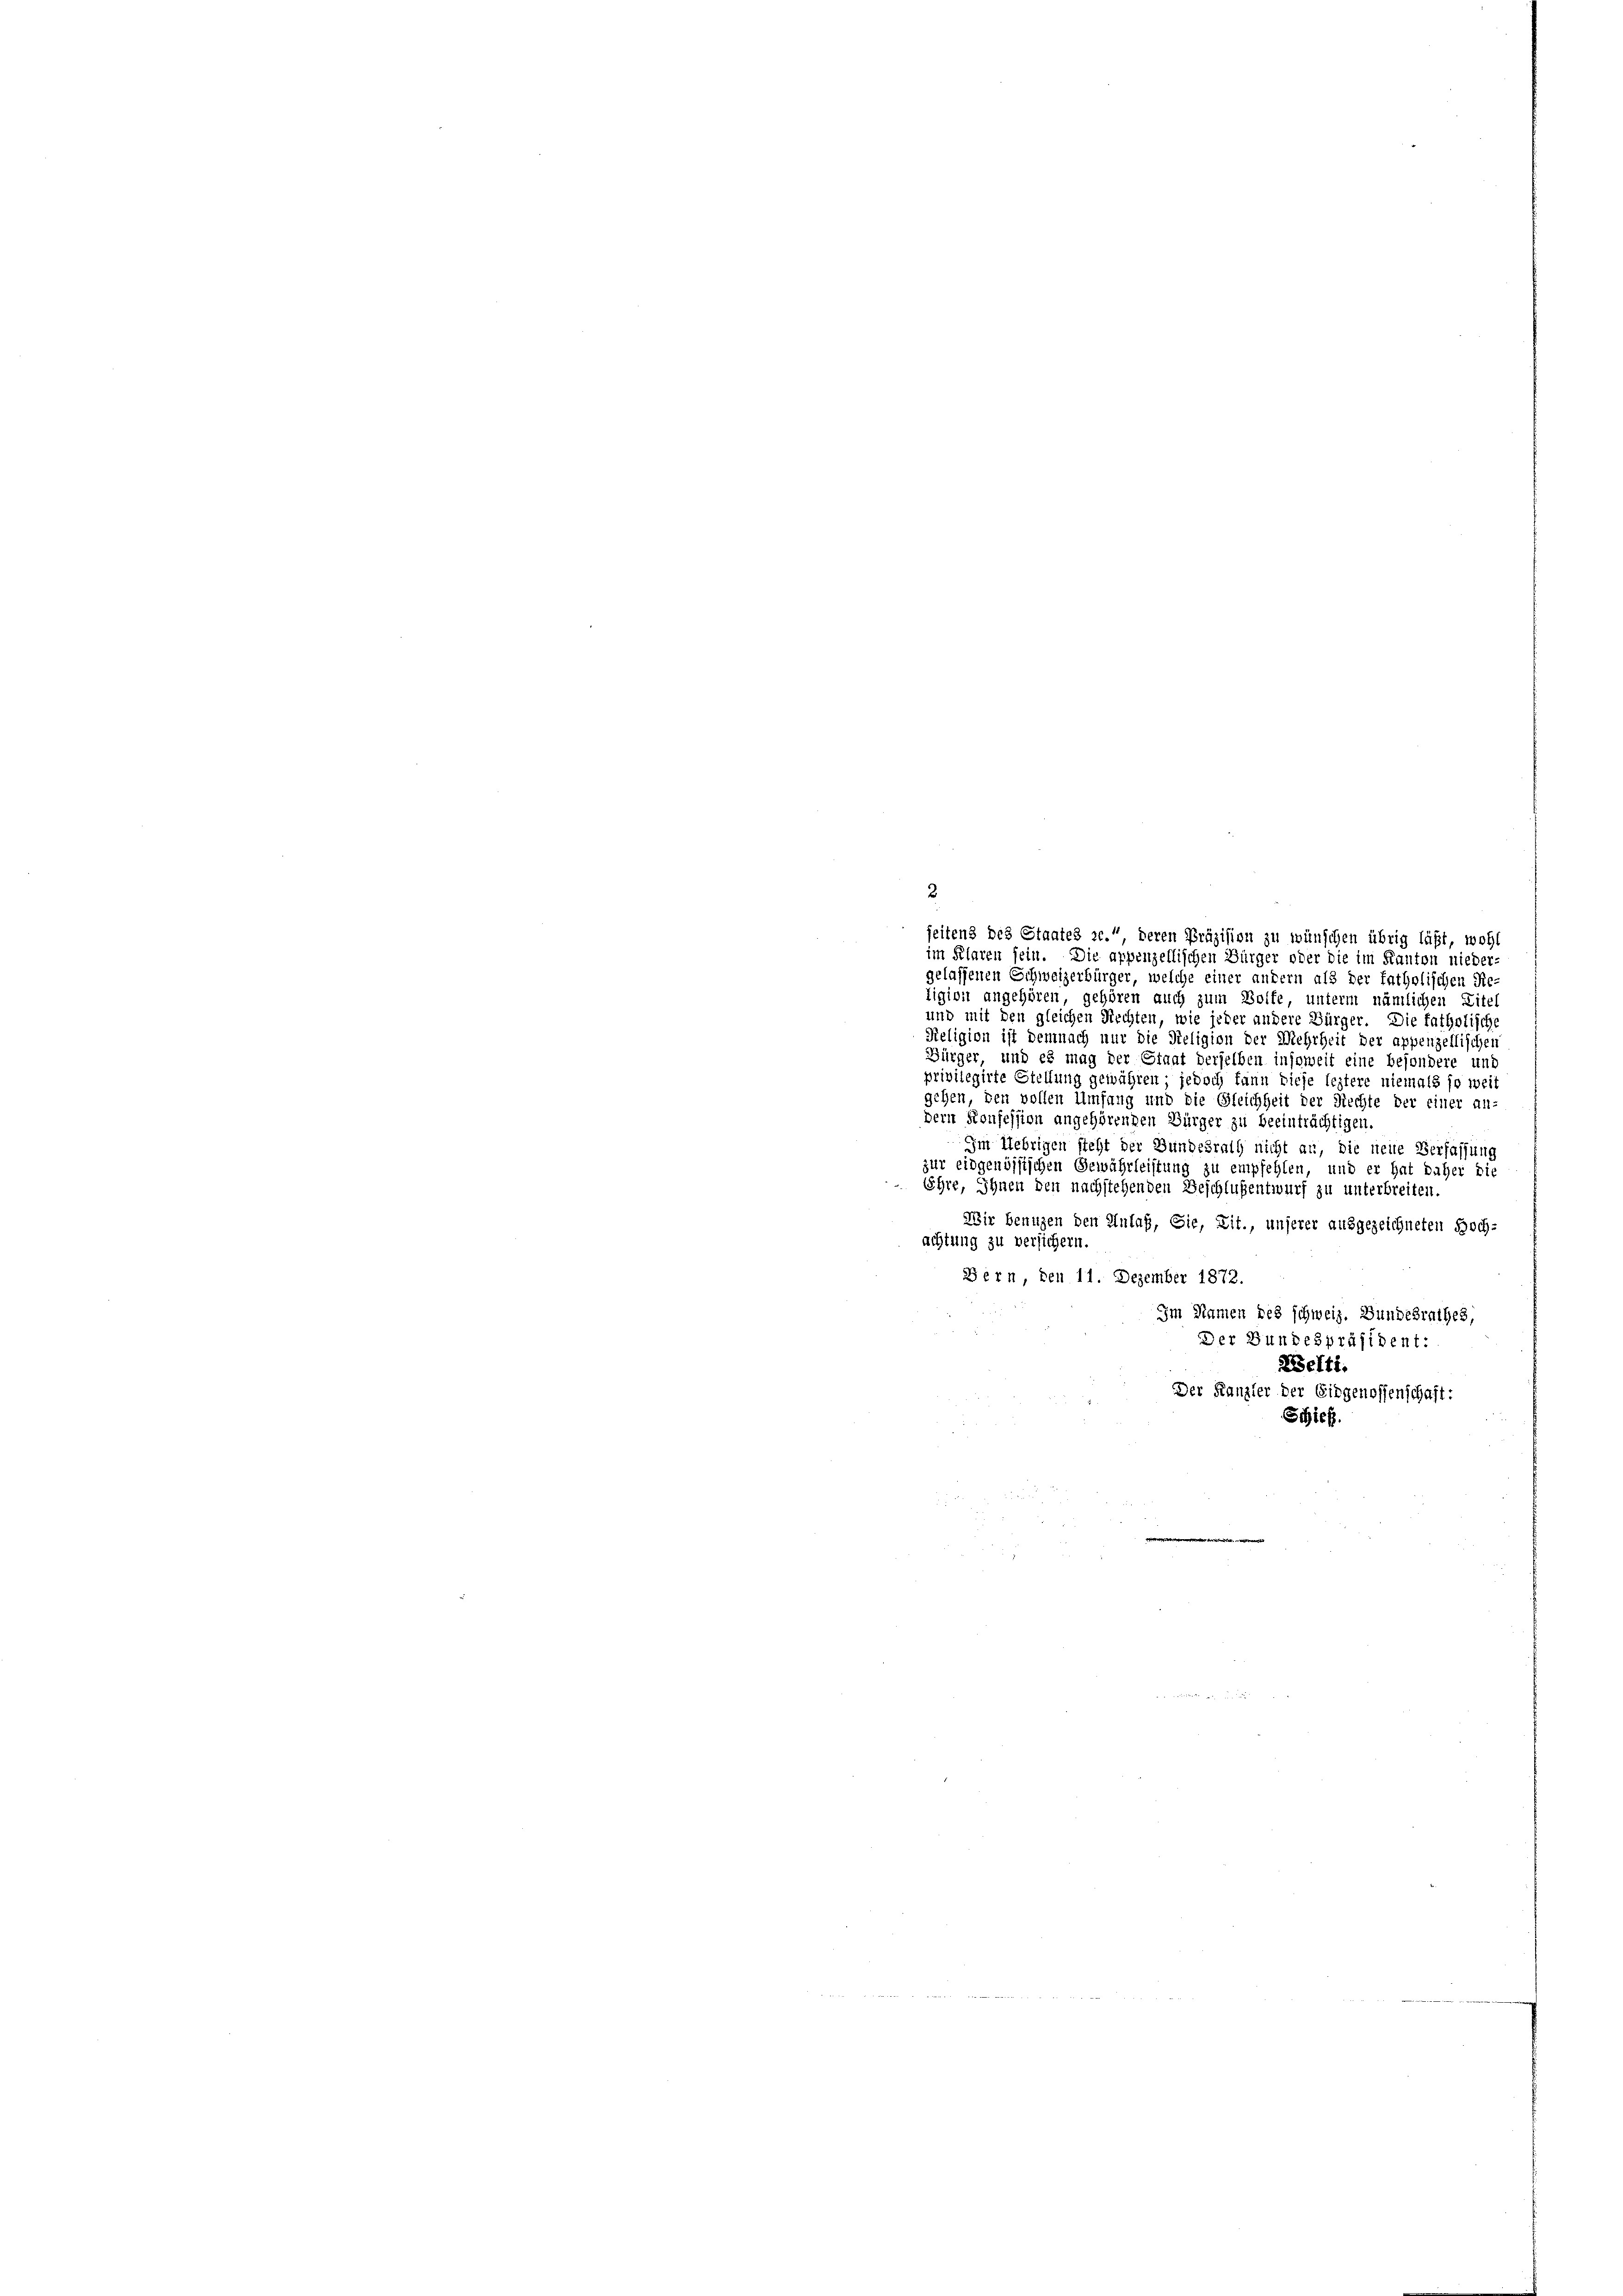
2
seitens des Staates ac. deren Präzision zu wünschen übrig läßt, wohl
im Klaren sein. Die appenzellischen Bürger oder die im Kanton nieder-
gelassenen Schweizerbürger, welche einer andern als der fatholischen Re-
tigion angehören, gehören auch zum Wolfe, unterm nämlichen Zitel
und mit den gleichen Rechten, wie jeder andere Bürger. Die fatholische
Religion ist demnach nur die Tieligion der Mehrheit der appenzellischen
Bürger, und es mag der Einat derselben insoweit eine besondere und
privilegirte Stellung gewähren, jedoch kann diese leztere niemals so weit
gehen, den vollen Umfang und die Gleichheit der Rechte der einer an-
dern Konsession angehörenden Bürger zu beeinträchtigen.
Im Uebrigen steht der Bundesrath nicht an, die neue Verfassung
zur eidgenössischen Gewährleistung zu empfehlen, und er hat daher die
Ehre, Ihnen den nachstehenden Beschlußentwurf zu unterbreiten
Wir benuzen den Anlaß, Sie, Zit., unserer ausgezeichneten Hochachtung zu versichern.
Bern, den 11. Dezember 1872.
Im Namen des schweiz. Bundesrathes,
Der Bundespräsident:
Zelti.
Der Kanzler der Eidgenossenschaft:
Schief
|